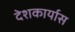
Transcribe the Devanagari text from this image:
देशकार्यास